Lunatic asylums Madras 1892-1911 - 1892-1911
Year: 1892
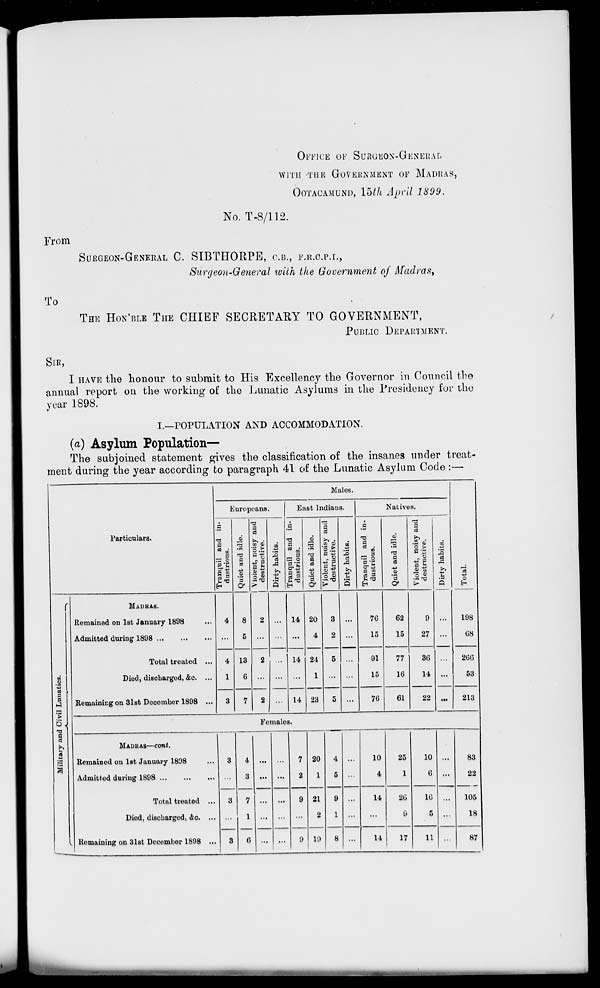
From
OFFICE OF SURGEON-GENERAL
WITH -THE GOVERNMENT OF MADRAS,
OOTACAMUND, lbth April 1899.
No. T-8/112.
SURGEON-GENERAL C. SIBTHORPE, O.B., F.R.O.P.L,
Surgeon-General with the Government of il/aJra.s',
TV
To
THE HON'BLE THE CHIEF SECRETARY TO GOVERNMENT,
PUJHJO DEPARTMENT,
SIR,
I HAVE the honour to submit to His Excellency the Governor in Council the
annual report on the working of the Lunatic Asylums in the Presidency for the
year 1898.
I.—rOrULATION AND ACCOMMODATION.
(a) Asylum Population—
The subjoined statement gives the classification of the insanes under treat-
ment during the year according to paragraph 41 of the Lunatic Asylum Code :—
Males.
"3
Particulars.
Europeans.
East Indians.
Natives.
■ "2
CO
:3 e
p >e>
a S
11
H
6
«d
a
33
.2
S
<y
T3
3
a
'o.t
0
a h
3 55
>
CO
i
u
s
9
P
773 O
3'E
o a
fcH
6
S
a
*d
^3
a
>> .
00 ©
5
I!
ce
13
a
rfl
43
E
s
Tranquil and in-
dustrious.
fl
4a
'3
Violent, noisy and
destructive.
CO
13
eg
c
Militaiv and Civil Lunatics.
MADKAS.
Remained on 1st January 1898
Admitted during 1898
Total treated ...
Died, discharged, &c. ...
Remaining on 31st Dooomber 1898 ...
4
4
1
8
5
2 ... 14
14
14
20
4
24
1
23
3
2
5
5
7G
15
62
15
77
10
9
27
198
08
13
G
2
...
91
15
36
14
266
53
3
7 2
70
61
22
213
Femalos.
MADKAS—cont.
Remained on 1st January 1808
Admitted during 1898
Total treated ...
Died, discharged, &o. ...
. Remaining on 31st December 1898 ...
3
3
3
4
3
7
1
8
...
7
2
9
9
20
1
21
2
11)
4
5
9
1
8
...
10
4
25
1
10
6
—_
83
22
105
18
87
14
26
8
16
5
14
17
11